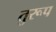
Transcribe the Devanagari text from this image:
तुरूप